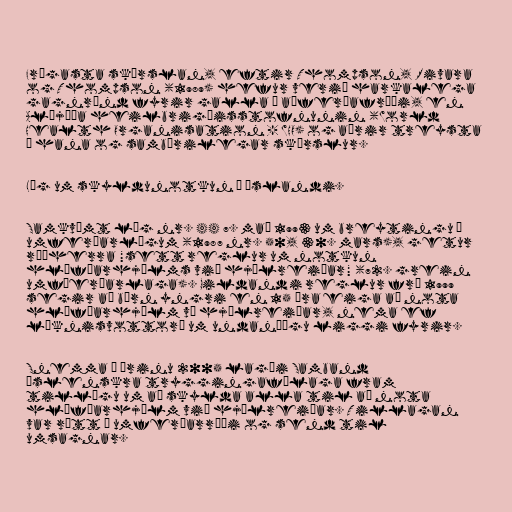
Frægasta skýrslan, eftir Thompson, Rivara
og Thompson (1989) hefur verið harkalega
gagnrýnd fyrir galla í aðferðafræði, en
Alþjóða heilbrigðisstofnunin (World
Health Organisation - WHO) og aðrir treysta
á hana og sambærilegar skýrslur.

Lög um skyldunotkun á Íslandi.

Samkvæmt lög nr. 44 7. maí 1993 um breytingu á
umferðarlögum (1987 nr. 50, 30. mars), getur
ráðherra "sett reglur um notkun
hlífðarhjálms við hjólreiðar" (72. grein
umfðerðarlaga). Gildandi reglur frá 1999
segir að börn yngri en 15 ára eiga að nota
hlífðarhjálm vð hjólreiðar, nema ef
læknisvottorð um undanþágu liggi fyrir.

Snemma á árinu 2005 lagði Samband
Íslenskra tryggingafélaga fram
tillögu um að skylda alla til að nota
hlífðarhjálm við hjólreiðar. Tillagan
var rætt í umferðarráði og send til
umsagnar.